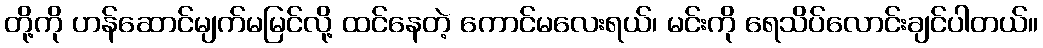
တို့ကို ဟန်ဆောင်မျက်မမြင်လို့ ထင်နေတဲ့ ကောင်မလေးရယ်၊ မင်းကို ရေသိပ်လောင်းချင်ပါတယ်။